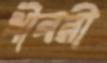
ধীবরী